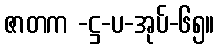
ဇာတက -ဋ္ဌ-ပ-အုပ်-၆၅။